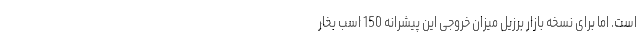
است. اما برای نسخه بازار برزیل میزان خروجی این پیشرانه 150 اسب بخار